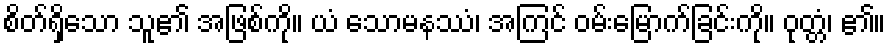
စိတ်ရှိသော သူ၏ အဖြစ်ကို။ ယံ သောမနဿံ၊ အကြင် ဝမ်းမြောက်ခြင်းကို။ ဝုတ္တံ၊ ၏။